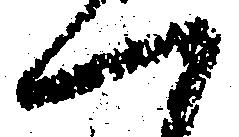
一